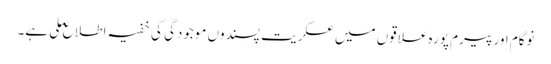
نوگام اور پیرم پورہ علاقوں میں عسکریت پسندوں موجودگی کی خفیہ اطلاع ملی ہے۔